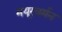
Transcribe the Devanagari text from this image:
मयूरवर्मन